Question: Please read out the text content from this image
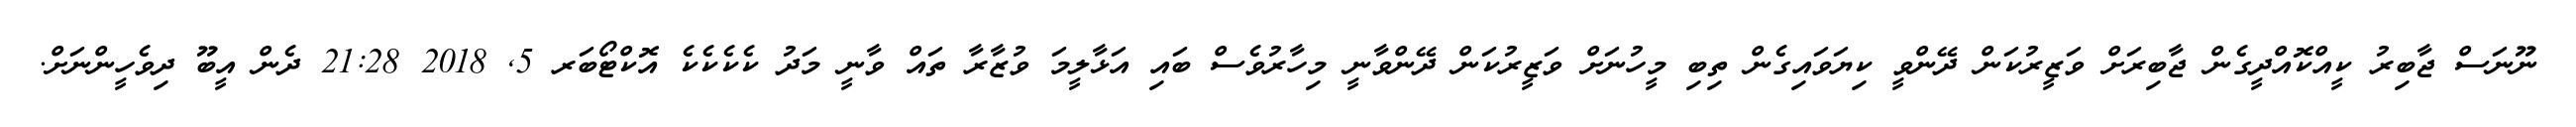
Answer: ނޫނަސް ޖާބިރު ކީއްކޮއްދީގެން ޖާބިރަށް ވަޒީރުކަން ދޭންވީ ކިޔަވައިގެން ތިބި މީހުނަށް ވަޒީރުކަން ދޭންވާނީ މިހާރުވެސް ބައި އަޅާލީމަ ވުޒާރާ ތައް ވާނީ މަދު ކެކެކެކެ އޮކްޓޯބަރ 5, 2018 21:28 ދެން އީބޫ ދިވެހީންނަށް.